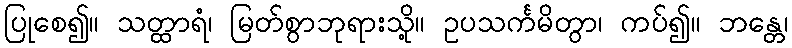
ပြုစေ၍။ သတ္ထာရံ၊ မြတ်စွာဘုရားသို့။ ဥပသင်္ကမိတွာ၊ ကပ်၍။ ဘန္တေ၊